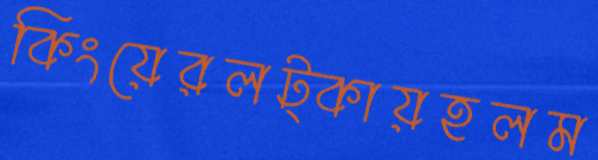
কিংয়েরলট্‌কায়হলম